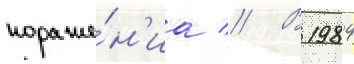
пораже́н'иа // В 1984